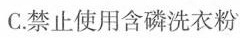
C.禁止使用含磷洗衣粉